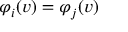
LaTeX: \varphi _ { i } ( v ) = \varphi _ { j } ( v )